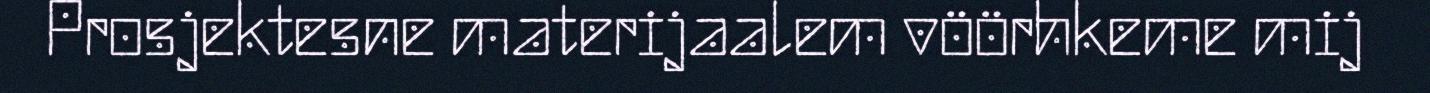
Prosjektesne materijaalem vöörhkeme mij